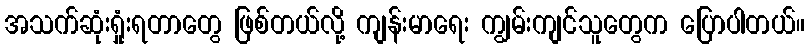
အသက်ဆုံးရှုံးရတာတွေ ဖြစ်တယ်လို့ ကျန်းမာရေး ကျွမ်းကျင်သူတွေက ပြောပါတယ်။